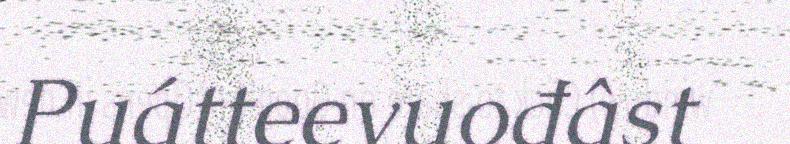
Puátteevuođâst